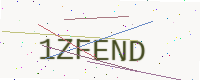
Text: 1ZFEND